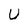
Character: U